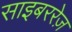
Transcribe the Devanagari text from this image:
साइबररेज़